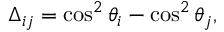
\Delta _ { i j } = \cos ^ { 2 } \theta _ { i } - \cos ^ { 2 } \theta _ { j } ,